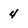
Character: 4